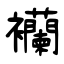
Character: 襽